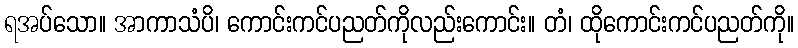
ရအပ်သော။ အာကာသံပိ၊ ကောင်းကင်ပညတ်ကိုလည်းကောင်း။ တံ၊ ထိုကောင်းကင်ပညတ်ကို။